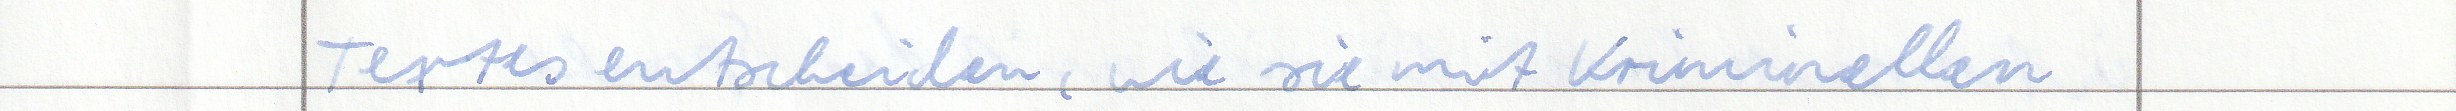
Textes entscheiden, wie sie mit Kriminellen